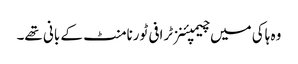
وہ ہاکی میں چیمپئنز ٹرافی ٹورنامنٹ کے بانی تھے۔